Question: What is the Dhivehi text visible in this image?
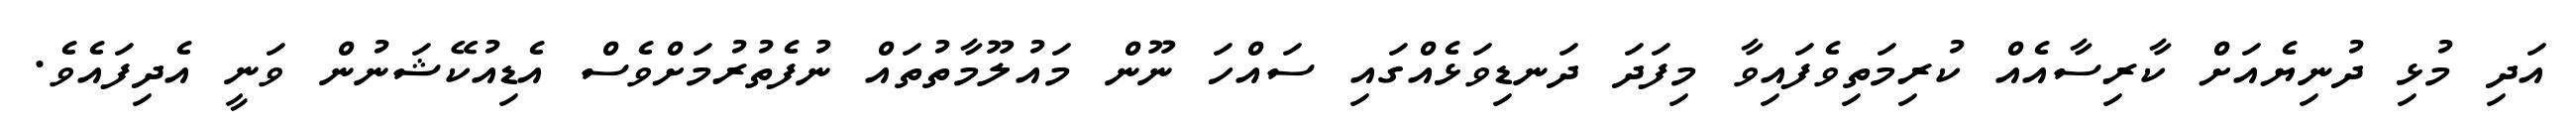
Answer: އަދި މުޅި ދުނިޔެއަށް ކާރިސާއެއް ކުރިމަތިވެފައިވާ މިފަދަ ދަނޑިވަޅެއްގައި ސައްހަ ނޫން މައުލޫމާތުތައް ނުފެތުރުމަށްވެސް އެޑިއުކޭޝަނުން ވަނީ އެދިފައެވެ.